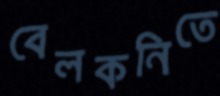
বেলকনিতে